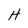
Character: H